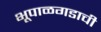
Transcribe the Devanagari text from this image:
भूपाळगडाची